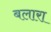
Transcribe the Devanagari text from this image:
बलारा